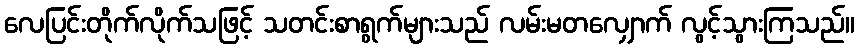
လေပြင်းတိုက်လိုက်သဖြင့် သတင်းစာရွက်များသည် လမ်းမတလျှောက် လွင့်သွားကြသည်။